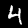
Digit: 4